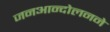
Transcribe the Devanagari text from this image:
जनआन्दोलनने